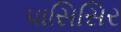
પાસિસિર